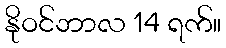
နိုဝင်ဘာလ 14 ရက်။